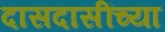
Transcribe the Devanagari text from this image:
दासदासींच्या